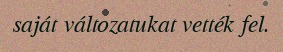
saját változatukat vették fel.